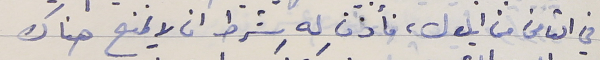
في الثامن من ايلول، فأذن له شرط ان لا يمنح هناك